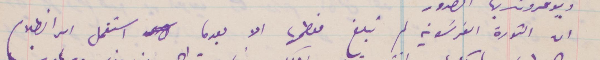
ان الثورة الفرنسوية لم تبلغ معظمها الا بعدما استفحل امر الظلام